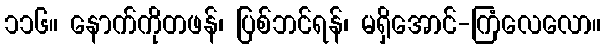
၁၁၆။ နောက်ကိုတဖန်၊ ပြစ်ဘင်ရန်၊ မရှိအောင်-ကြံလေလော။